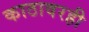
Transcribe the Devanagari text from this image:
काठावरही